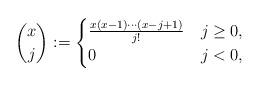
LaTeX: \begin{align*}\binom{x}{j}:=\begin{cases} \frac{x(x-1)\cdots(x-j+1)}{j!} & j \ge 0, \\0 & j < 0,\end{cases}\end{align*}